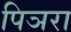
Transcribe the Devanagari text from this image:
पिञरा